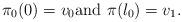
LaTeX: \begin{align*}\pi_0(0)=v_0\textrm{and } \pi(l_0)=v_1.\end{align*}